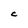
Character: C